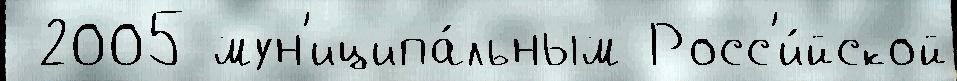
 2005 мун'иципа́льным Росс'и́йской